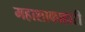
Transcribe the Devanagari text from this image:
महाशाकाहारी